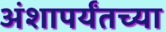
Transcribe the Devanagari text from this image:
अंशापर्यंतच्या